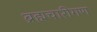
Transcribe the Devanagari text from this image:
ब्रह्मचारीगण